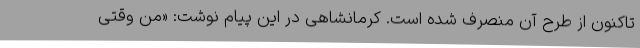
تاکنون از طرح آن منصرف شده است. کرمانشاهی در این پیام نوشت: «من وقتی